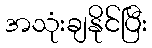
အသုံးချနိုင်ပြီး